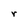
Character: r